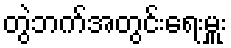
တွဲဘက်အတွင်းရေးမှူး